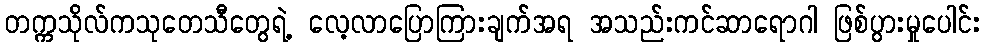
တက္ကသိုလ်ကသုတေသီတွေရဲ့ လေ့လာပြောကြားချက်အရ အသည်းကင်ဆာရောဂါ ဖြစ်ပွားမှုပေါင်း